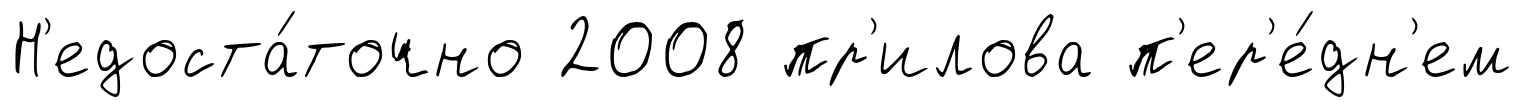
Н'едоста́точно 2008 пр'илова п'ер'е́дн'ем